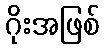
ဂိုးအဖြစ်